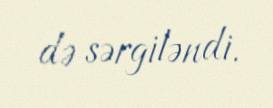
də sərgiləndi.